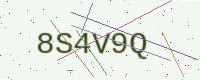
Text: 8S4V9Q